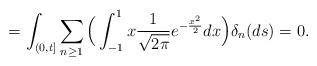
LaTeX: \begin{align*}=\int_{(0,t] } \sum_{ n \geq 1} \Big(\int_{-1}^1 x \frac{1}{\sqrt{2\pi}}e^{-\frac{x^2}{2}}dx \Big) \delta_n(ds)=0.\end{align*}